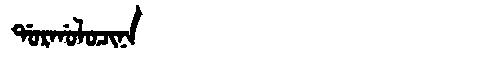
Manchu: ᡩᠣᡵᡤᠣᠯᠣᠴᡳᠨᠠ
Romanization: DORGOLOCINA